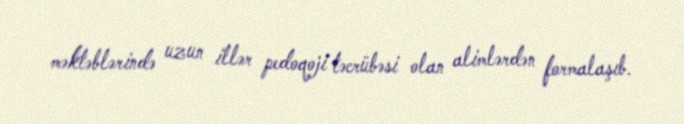
məktəblərində uzun illər pedoqoji təcrübəsi olan alimlərdən formalaşıb.